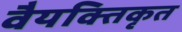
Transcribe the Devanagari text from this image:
वैयक्तिकृत